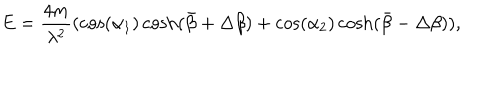
E = \frac { 4 m } { \lambda ^ { 2 } } ( \cos ( \alpha _ { 1 } ) \cosh ( \bar { \beta } + \Delta \beta ) + \cos ( \alpha _ { 2 } ) \cosh ( \bar { \beta } - \Delta \beta ) ) ,